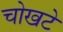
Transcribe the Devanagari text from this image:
चोखटे